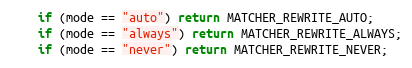
Language: C
    if (mode == "auto") return MATCHER_REWRITE_AUTO;
    if (mode == "always") return MATCHER_REWRITE_ALWAYS;
    if (mode == "never") return MATCHER_REWRITE_NEVER;